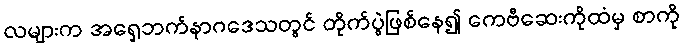
လများက အရှေ့ဘက်နာဂဒေသတွင် တိုက်ပွဲဖြစ်နေ၍ ကေဗီဆေးကိုထံမှ စာကို